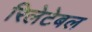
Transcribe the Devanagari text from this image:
रिलेटेबल